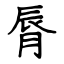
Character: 脣